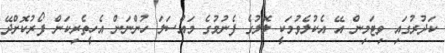
ކަދުރުގައި ވިޓަމިން އޭ އެކުލެވުމަކީ ލޮލުގެ ފެނުމުގެ މައްސަލަ ހުންނަން އެހީތެރިކަން ފޯރުކޮށްދޭ